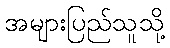
အများပြည်သူသို့